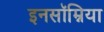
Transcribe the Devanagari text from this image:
इनसॉम्निया